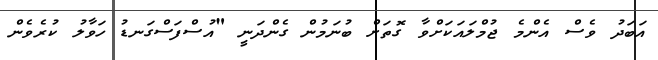
އަބަދު ވެސް އެންމެ ޖުމްލައަކަށްވާ ގޮތަށް ބުނަމުން ގެންދަނީ "އުސްފަސްގަނޑު ހަވާލު ކުރެވެން